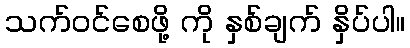
သက်ဝင်စေဖို့ ကို နှစ်ချက် နှိပ်ပါ။